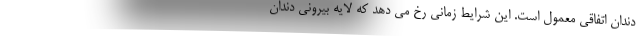
دندان اتفاقی معمول است. این شرایط زمانی رخ می دهد که لایه بیرونی دندان